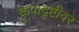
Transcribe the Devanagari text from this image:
कृपादृष्टीवर